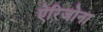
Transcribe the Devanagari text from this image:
ऐरिजोना